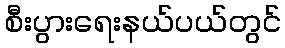
စီးပွားရေးနယ်ပယ်တွင်